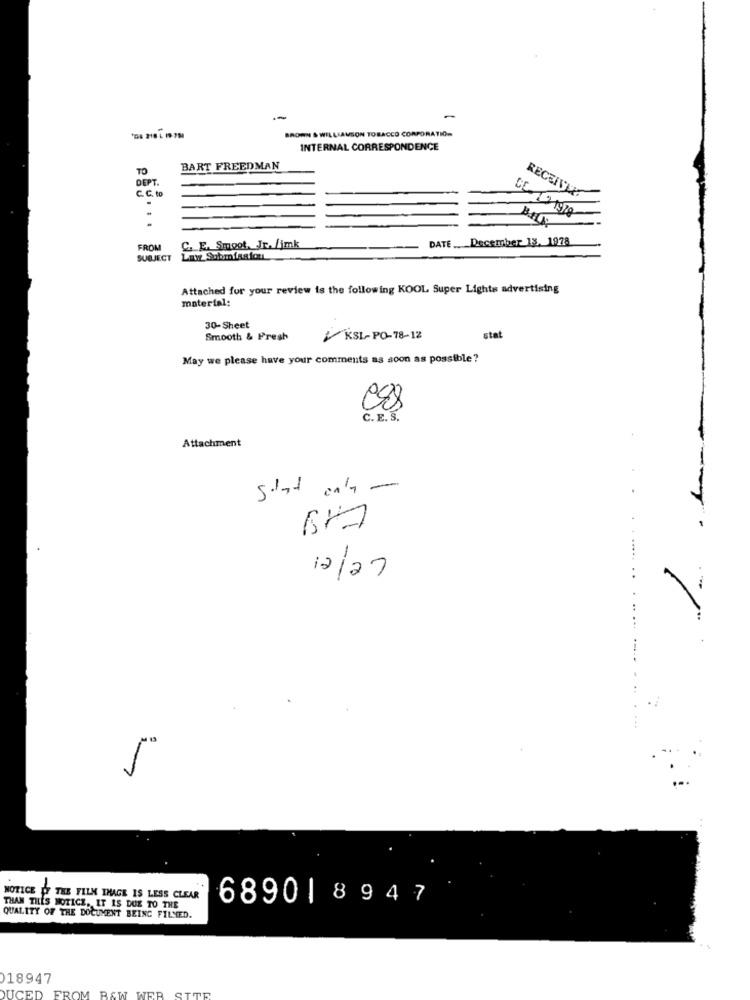
BROWN & WILLIAMSON TOBACCO CORPORATION
INTERNAL CORRESPONDENCE
TO
BART FREEDMAN
DEPT.
C. C. to
.
RECEIVEA
DATE .. December 13. 1978
FROM
C. E. Smoot. Jr. /jmk
SUBJECT
Lay Submission
Attached for your review is the following KOOL Super Lights advertising
material:
30-Sheet
Smooth & Fresh
KSL-PO-78-12
stat
May we please have your comments as soon as possible?
C. E. S.
Attachment
stat only -
12/27
NOTICE OF THE FILM IMAGE IS LESS CLEAR
6890 | 8947
THAN THIS NOTICE, IT IS DUE TO THE
QUALITY OF THE DOCUMENT BEING FILMED.
18947
DUCED FROM BAW WER SITE